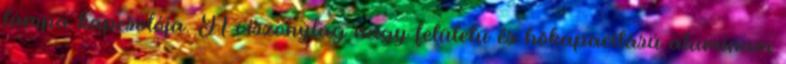
lámpa kapcsolója. A viszonylag nagy felületü és hõkapacitású aluminum